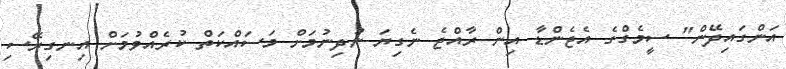
އަންގައިދޭން" ސީމެގްގެ އެޖެންޑާ އިން ރާއްޖެ ނެގިޔަ ނުދިނުމަށް މަސައްކަތް ކުރެއްވުމަށް އިނގިރޭސި